Leaving Certificate Examination, 1920
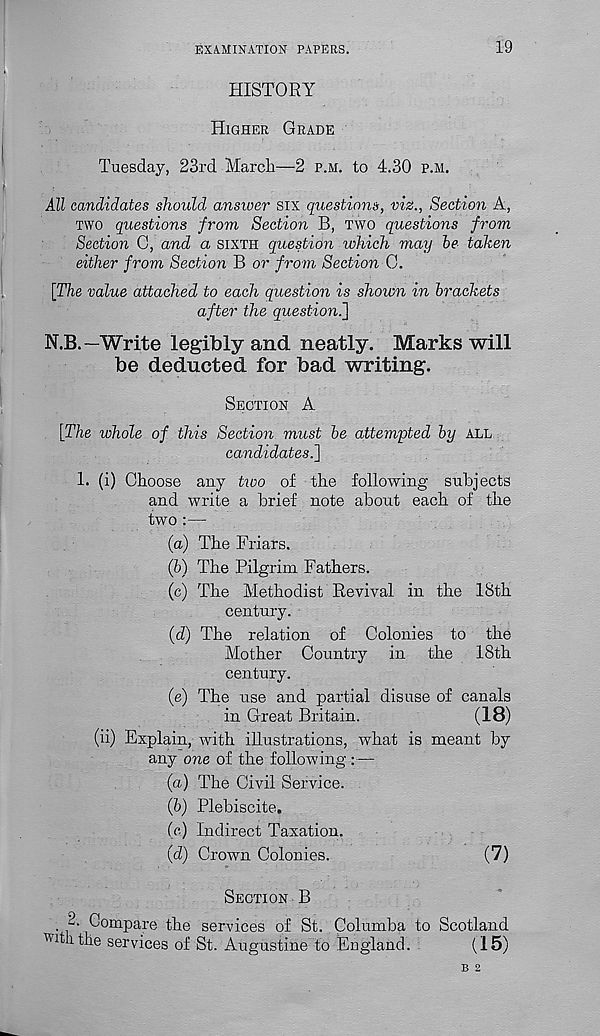
EXAMINATION PAPERS.
19
HISTORY
HIGHER GRADE
Tuesday, 23rd March—2 P.H. to 4.30 P.H.
All candidates should ansioer six questions, viz., Section A,
TWO questions from Section B, TWO questions from
Section C, and a SIXTH question which may be taken
either from Section B or from Section 0.
\The value attached to each question is shown in brackets
after the question.']
N.B.—Write legibly and neatly. Marks will
be deducted for bad writing.
SECTION A
[The whole of this Section must be attempted by ALL
candidates.]
Choose any two of the following subjects
and write a brief note about each of the
two :—
(a) The Friars.
(h) The Pilgrim Fathers.
(c) The Methodist Revival in the 18th
century.
(d) The relation of Colonies to the
Mother Country in the 18th
century.
(e) The use and partial disuse of canals
in Great Britain.
(18)
Explain, with iRustrations, what is meant by
any one of the following : —
(a) The Civil Service.
(b) Plebiscite.
(e) Indirect Taxation.
(d) Crown Colonies.
(7)
SECTION B
, 2- Compare the services of St. Columba to Scotland
with the services of St. Augustine to England.
(15)
1. (i)